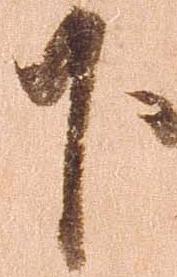
下